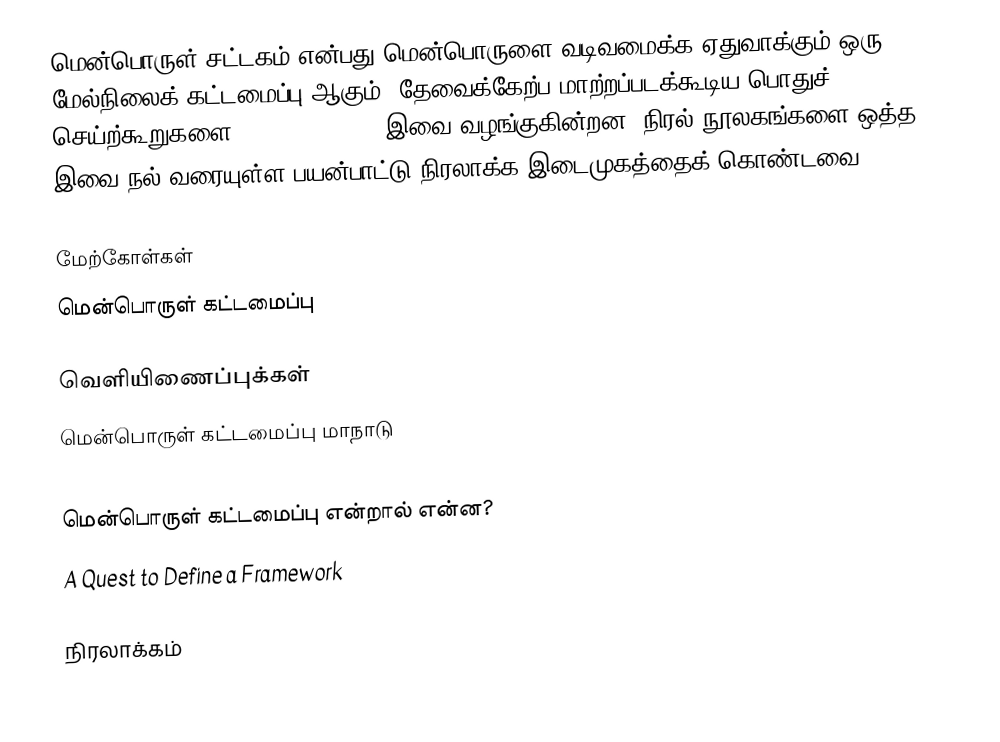
மென்பொருள் சட்டகம் என்பது மென்பொருளை வடிவமைக்க ஏதுவாக்கும் ஒரு மேல்நிலைக் கட்டமைப்பு ஆகும். தேவைக்கேற்ப மாற்றப்படக்கூடிய பொதுச் செய்ற்கூறுகளை (functionality) இவை வழங்குகின்றன. நிரல் நூலகங்களை ஒத்த இவை நல் வரையுள்ள பயன்பாட்டு நிரலாக்க இடைமுகத்தைக் கொண்டவை.

மேற்கோள்கள்
மென்பொருள் கட்டமைப்பு

வெளியிணைப்புக்கள்
 மென்பொருள் கட்டமைப்பு மாநாடு
 Frameworks vs. Libraries
 மென்பொருள் கட்டமைப்பு என்றால் என்ன?
 A Quest to Define a Framework

நிரலாக்கம்